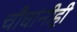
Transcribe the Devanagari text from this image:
चौघांनीही